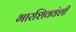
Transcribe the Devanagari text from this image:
भारशिववंशी